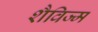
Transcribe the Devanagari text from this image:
शैविज्म